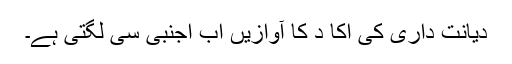
دیانت داری کی اِکا دُ کا آوازیں اب اجنبی سی لگتی ہے۔